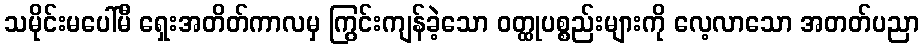
သမိုင်းမပေါ်မီ ရှေးအတိတ်ကာလမှ ကြွင်းကျန်ခဲ့သော ဝတ္ထုပစ္စည်းများကို လေ့လာသော အတတ်ပညာ